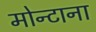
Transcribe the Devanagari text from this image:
मोन्‍टाना